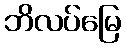
ဘိလပ်မြေ